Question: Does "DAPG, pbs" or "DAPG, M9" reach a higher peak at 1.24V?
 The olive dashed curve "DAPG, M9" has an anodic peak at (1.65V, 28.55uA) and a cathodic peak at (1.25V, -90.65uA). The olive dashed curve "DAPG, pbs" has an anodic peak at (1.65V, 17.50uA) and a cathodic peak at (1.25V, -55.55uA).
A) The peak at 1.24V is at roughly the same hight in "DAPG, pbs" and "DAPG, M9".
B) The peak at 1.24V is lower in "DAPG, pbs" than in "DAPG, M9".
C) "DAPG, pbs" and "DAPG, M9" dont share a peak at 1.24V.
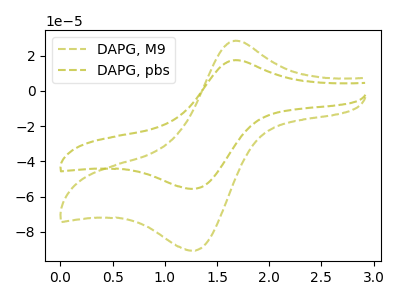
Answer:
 <answer>B) The peak at 1.24V is lower in "DAPG, pbs" than in "DAPG, M9".</answer>
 <eval>B</eval>